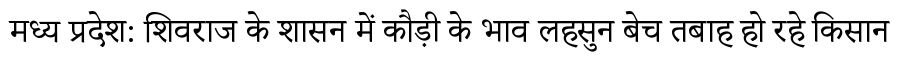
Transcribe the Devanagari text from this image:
मध्य प्रदेश: शिवराज के शासन में कौड़ी के भाव लहसुन बेच तबाह हो रहे किसान